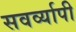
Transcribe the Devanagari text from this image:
सवर्व्यापी